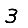
Digit: 3